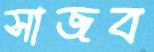
সাজব